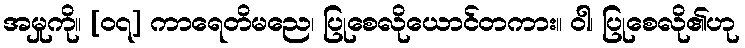
အမှုကို။ [၀၇] ကာရေတိမညေ၊ ပြုစေလိုယောင်တကား။ ဝါ၊ ပြုစေလို၏ဟု